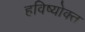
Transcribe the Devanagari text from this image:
हविष्योक्त